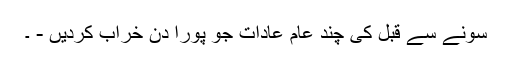
سونے سے قبل کی چند عام عادات جو پورا دن خراب کردیں - ۔